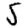
Digit: 5